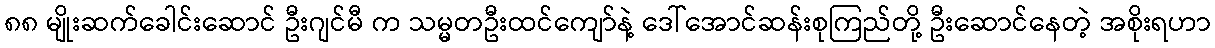
၈၈ မျိုးဆက်ခေါင်းဆောင် ဦးဂျင်မီ က သမ္မတဦးထင်ကျော်နဲ့ ဒေါ်အောင်ဆန်းစုကြည်တို့ ဦးဆောင်နေတဲ့ အစိုးရဟာ